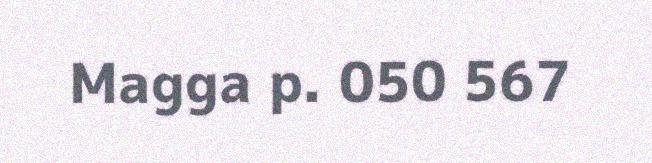
Magga p. 050 567